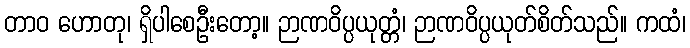
တာဝ ဟောတု၊ ရှိပါစေဦးတော့။ ဉာဏဝိပ္ပယုတ္တံ၊ ဉာဏဝိပ္ပယုတ်စိတ်သည်။ ကထံ၊